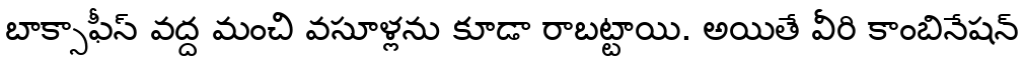
బాక్సాఫీస్ వద్ద మంచి వసూళ్లను కూడా రాబట్టాయి. అయితే వీరి కాంబినేషన్